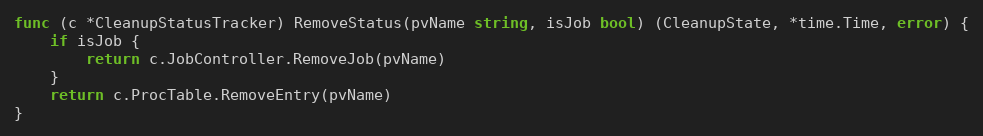
Language: Go
func (c *CleanupStatusTracker) RemoveStatus(pvName string, isJob bool) (CleanupState, *time.Time, error) {
	if isJob {
		return c.JobController.RemoveJob(pvName)
	}
	return c.ProcTable.RemoveEntry(pvName)
}